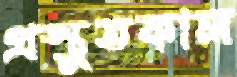
প্রস্তুতকাল